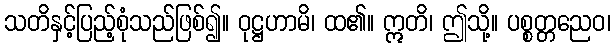
သတိနှင့်ပြည့်စုံသည်ဖြစ်၍။ ဝုဋ္ဌဟာမိ၊ ထ၏။ ဣတိ၊ ဤသို့။ ပစ္စတ္တညေဝ၊